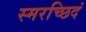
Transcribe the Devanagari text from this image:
स्मरच्छिदं